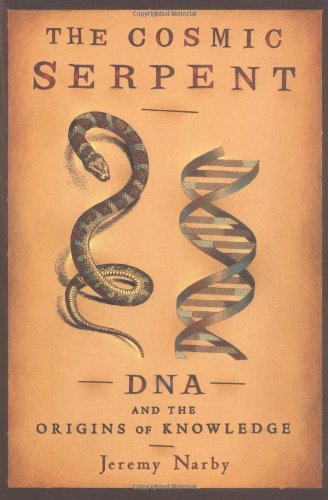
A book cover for The Cosmic Serpent: DNA and the Origins of Knowledge; Jeremy Narby; Engineering & Transportation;